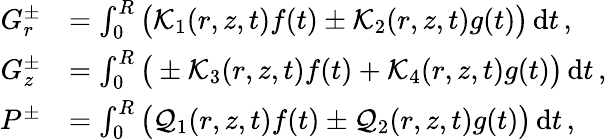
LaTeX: \begin{array}{rl}{G_{r}^{\pm}}&{=\int_{0}^{R}\big(\mathcal{K}_{1}(r,z,t)f(t)\pm\mathcal{K}_{2}(r,z,t)g(t)\big)\, \mathrm{d}t\, ,}\\ {G_{z}^{\pm}}&{=\int_{0}^{R}\big(\pm\mathcal{K}_{3}(r,z,t)f(t)+\mathcal{K}_{4}(r,z,t)g(t)\big)\, \mathrm{d}t\, ,}\\ {P^{\pm}}&{=\int_{0}^{R}\big(\mathcal{Q}_{1}(r,z,t)f(t)\pm\mathcal{Q}_{2}(r,z,t)g(t)\big)\, \mathrm{d}t\, ,}\end{array}